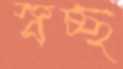
স্বচ্ছ